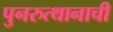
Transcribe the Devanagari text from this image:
पुनरुत्थानाची